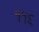
૧૧૬